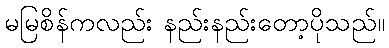
မမြစိန်ကလည်း နည်းနည်းတော့ပိုသည်။